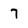
Character: 7